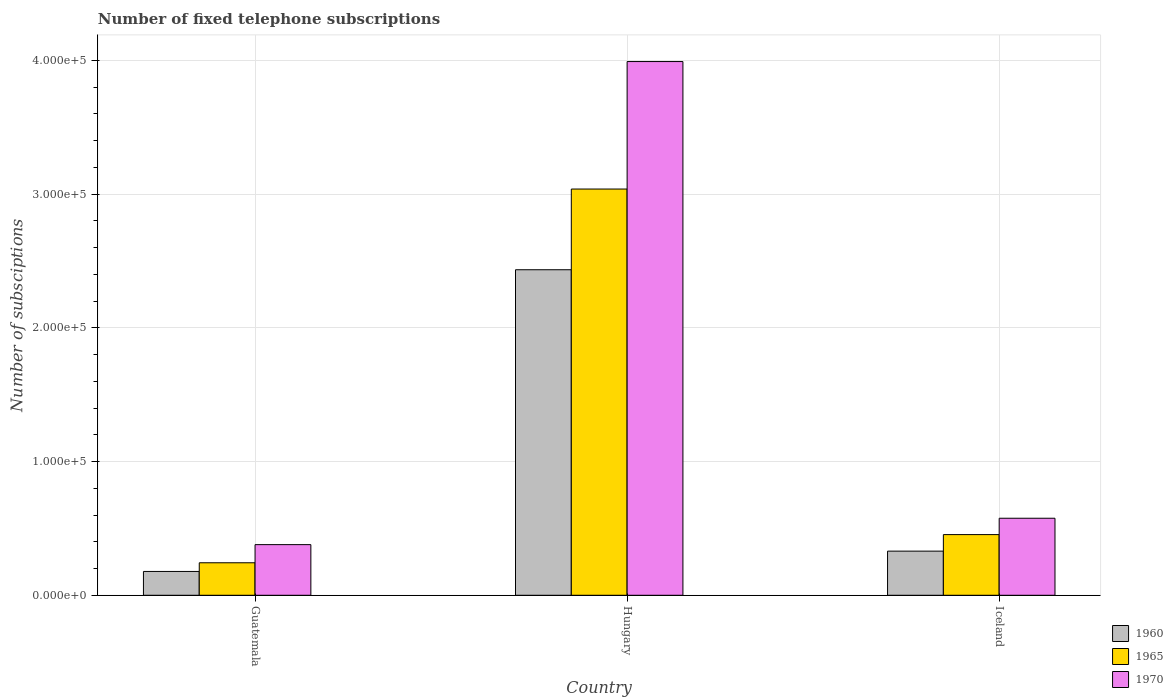
| Country | 1960 | 1965 | 1970 |
 | --- | --- | --- | --- |
 | Guatemala | 1.78e+04 | 2.43e+04 | 3.79e+04 |
 | Hungary | 2.43e+05 | 3.04e+05 | 3.99e+05 |
 | Iceland | 3.3e+04 | 4.54e+04 | 5.76e+04 |